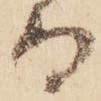
而